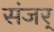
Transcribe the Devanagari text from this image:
संजर्